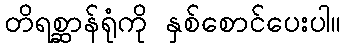
တိရစ္ဆာန်ရုံကို နှစ်စောင်ပေးပါ။